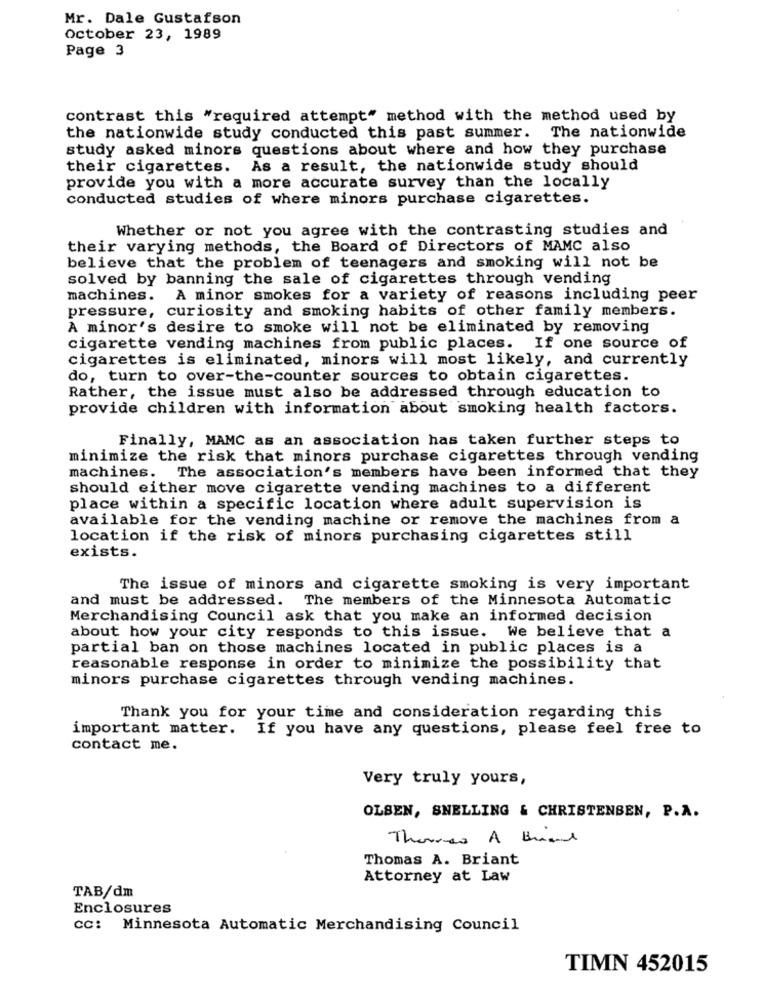
Mr. Dale Gustafson
October 23, 1989
Page 3
contrast this "required attempt" method with the method used by
the nationwide study conducted this past summer.
The nationwide
study asked minors questions about where and how they purchase
their cigarettes.
As a result, the nationwide study should
provide you with a more accurate survey than the locally
conducted studies of where minors purchase cigarettes.
Whether or not you agree with the contrasting studies and
their varying methods, the Board of Directors of MAMC also
believe that the problem of teenagers and smoking will not be
solved by banning the sale of cigarettes through vending
machines. A minor smokes for a variety of reasons including peer
pressure, curiosity and smoking habits of other family members.
A minor's desire to smoke will not be eliminated by removing
cigarette vending machines from public places. If one source of
cigarettes is eliminated, minors will most likely, and currently
do, turn to over-the-counter sources to obtain cigarettes.
Rather, the issue must also be addressed through education to
provide children with information about smoking health factors.
Finally, MAMC as an association has taken further steps to
minimize the risk that minors purchase cigarettes through vending
machines. The association's members have been informed that they
should either move cigarette vending machines to a different
place within a specific location where adult supervision is
available for the vending machine or remove the machines from a
location if the risk of minors purchasing cigarettes still
exists.
The issue of minors and cigarette smoking is very important
and must be addressed.
The members of the Minnesota Automatic
Merchandising Council ask that you make an informed decision
about how your city responds to this issue. We believe that a
partial ban on those machines located in public places is a
reasonable response in order to minimize the possibility that
minors purchase cigarettes through vending machines.
Thank you for your time and consideration regarding this
important matter.
If you have any questions, please feel free to
contact me.
Very truly yours,
OLSEN, SNELLING & CHRISTENSEN, P.A.
Thomsen A Brand
Thomas A. Briant
Attorney at Law
TAB/dm
Enclosures
CC: Minnesota Automatic Merchandising Council
TIMN 452015